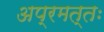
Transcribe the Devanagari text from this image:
अप्रमत्तः